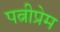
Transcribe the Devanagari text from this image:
पत्नीप्रेम